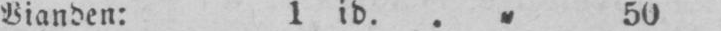
Vianden: 1 id.. „ 50